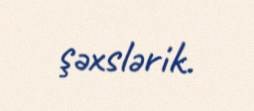
şəxslərik.